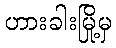
ဟားခါးမြို့မှ